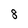
Character: 8